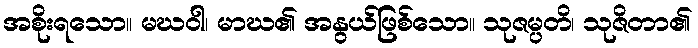
အစိုးရသော။ မဃဝါ၊ မာဃ၏ အနွယ်ဖြစ်သော။ သုဇမ္ပတိ၊ သုဇိတာ၏